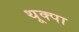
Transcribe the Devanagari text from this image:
थूक्‍पा